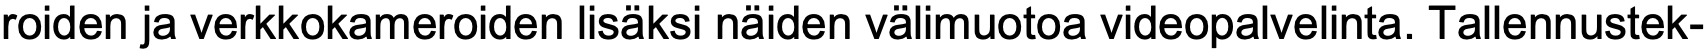
roiden ja verkkokameroiden lisäksi näiden välimuotoa videopalvelinta. Tallennustek-